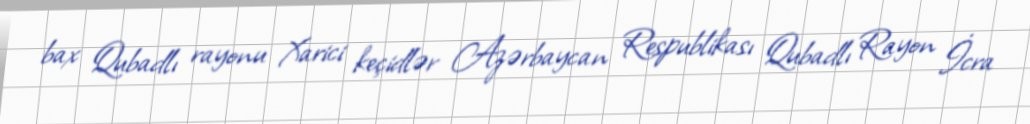
bax Qubadlı rayonu Xarici keçidlər Azərbaycan Respublikası Qubadlı Rayon İcra